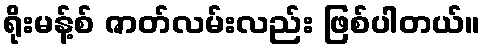
ရိုးမန့်စ် ဇာတ်လမ်းလည်း ဖြစ်ပါတယ်။